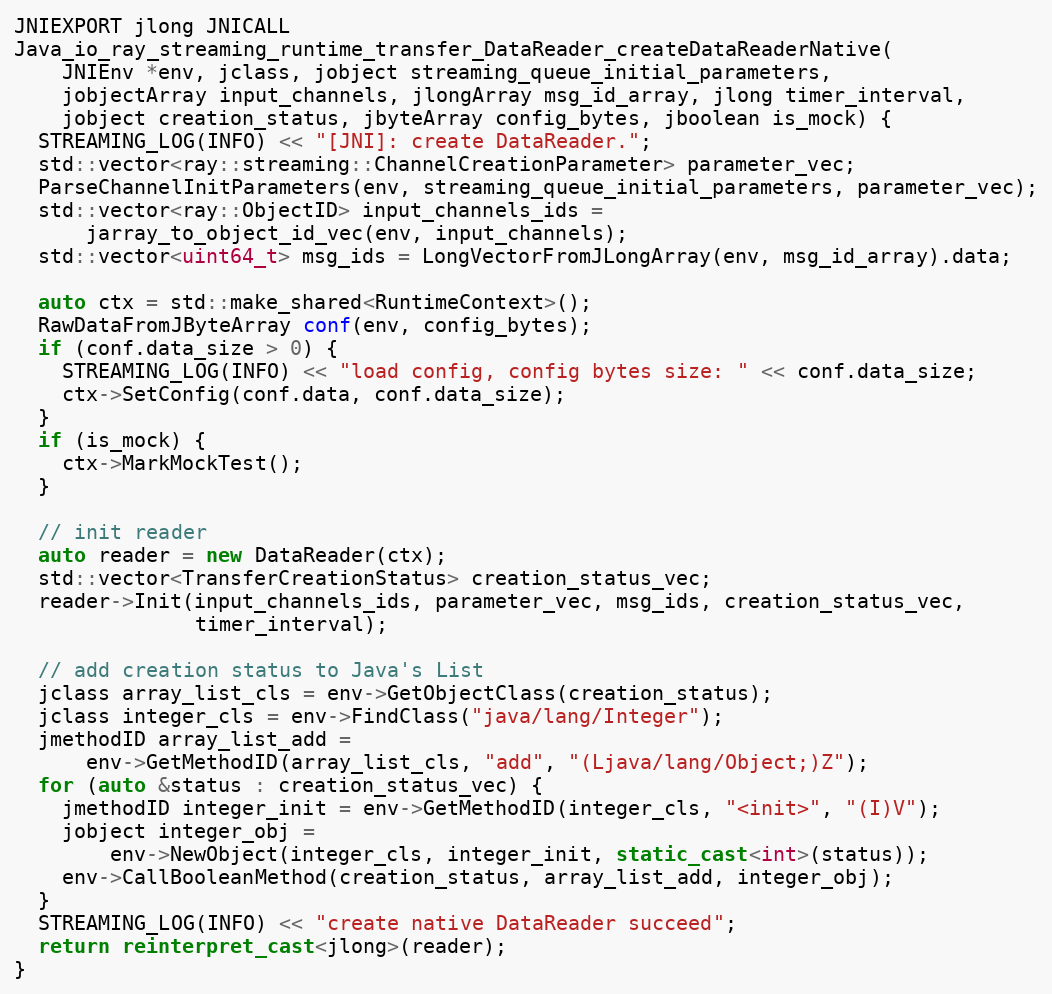
Language: C++
JNIEXPORT jlong JNICALL
Java_io_ray_streaming_runtime_transfer_DataReader_createDataReaderNative(
    JNIEnv *env, jclass, jobject streaming_queue_initial_parameters,
    jobjectArray input_channels, jlongArray msg_id_array, jlong timer_interval,
    jobject creation_status, jbyteArray config_bytes, jboolean is_mock) {
  STREAMING_LOG(INFO) << "[JNI]: create DataReader.";
  std::vector<ray::streaming::ChannelCreationParameter> parameter_vec;
  ParseChannelInitParameters(env, streaming_queue_initial_parameters, parameter_vec);
  std::vector<ray::ObjectID> input_channels_ids =
      jarray_to_object_id_vec(env, input_channels);
  std::vector<uint64_t> msg_ids = LongVectorFromJLongArray(env, msg_id_array).data;

  auto ctx = std::make_shared<RuntimeContext>();
  RawDataFromJByteArray conf(env, config_bytes);
  if (conf.data_size > 0) {
    STREAMING_LOG(INFO) << "load config, config bytes size: " << conf.data_size;
    ctx->SetConfig(conf.data, conf.data_size);
  }
  if (is_mock) {
    ctx->MarkMockTest();
  }

  // init reader
  auto reader = new DataReader(ctx);
  std::vector<TransferCreationStatus> creation_status_vec;
  reader->Init(input_channels_ids, parameter_vec, msg_ids, creation_status_vec,
               timer_interval);

  // add creation status to Java's List
  jclass array_list_cls = env->GetObjectClass(creation_status);
  jclass integer_cls = env->FindClass("java/lang/Integer");
  jmethodID array_list_add =
      env->GetMethodID(array_list_cls, "add", "(Ljava/lang/Object;)Z");
  for (auto &status : creation_status_vec) {
    jmethodID integer_init = env->GetMethodID(integer_cls, "<init>", "(I)V");
    jobject integer_obj =
        env->NewObject(integer_cls, integer_init, static_cast<int>(status));
    env->CallBooleanMethod(creation_status, array_list_add, integer_obj);
  }
  STREAMING_LOG(INFO) << "create native DataReader succeed";
  return reinterpret_cast<jlong>(reader);
}